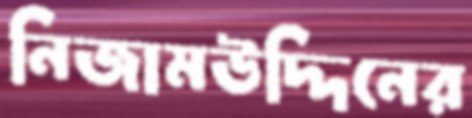
নিজামউদ্দিনের